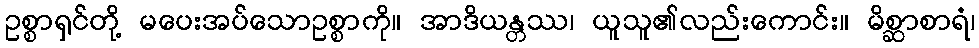
ဥစ္စာရှင်တို့ မပေးအပ်သောဥစ္စာကို။ အာဒိယန္တဿ၊ ယူသူ၏လည်းကောင်း။ မိစ္ဆာစာရံ၊